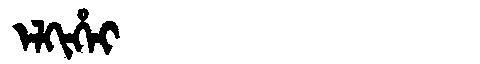
Manchu: ᡝᠯᡴᡳᡥᡝᡳ
Romanization: ELKIHEI